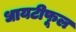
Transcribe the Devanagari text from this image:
धायटीफूल